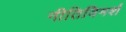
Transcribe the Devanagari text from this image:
नीतिविमर्श